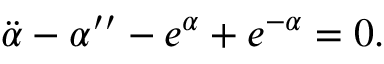
\ddot { \alpha } - \alpha ^ { \prime \prime } - e ^ { \alpha } + e ^ { - \alpha } = 0 .